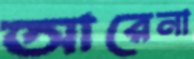
আরেনা